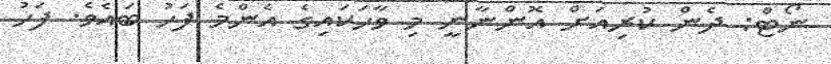
ނޯޓް: ދެން ކުރިއަށް އޮންނާނީ މި ވާހަކައިގެ އެންމެ ފަހު ބައެވެ. ފަހު